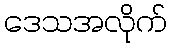
ဒေသအလိုက်